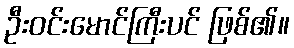
ဦးဝင်းမောင်ကြီးပင် ဖြစ်၏။